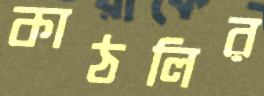
কাঠলির